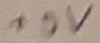
Text: +5V